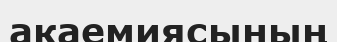
акаемиясының